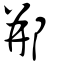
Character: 郱